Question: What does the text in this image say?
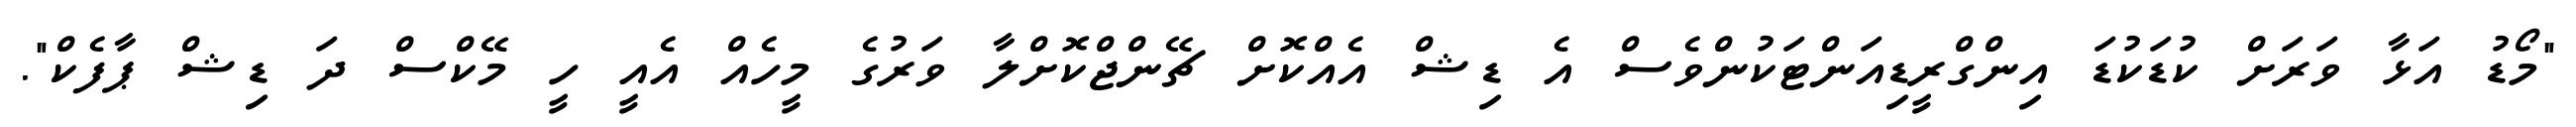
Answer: "މޯޑު އަޅާ ވަރަށް ކުޑަކުޑަ އިންގްރީޑިއަންޓަކުންވެސް އެ ޑިޝް އެއްކޮށް ޗޭންޖްކޮށްލާ ވަރުގެ މީހެއް އެއީ ހީ މޭކްސް ދަ ޑިޝް ޕާފެކް".